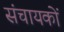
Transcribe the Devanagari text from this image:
संचायकों